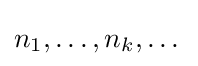
n_{1},\dots ,n_{k},\dots